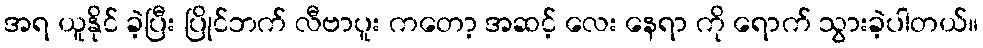
အရ ယူနိုင် ခဲ့ပြီး ပြိုင်ဘက် လီဗာပူး ကတော့ အဆင့် လေး နေရာ ကို ရောက် သွားခဲ့ပါတယ်။